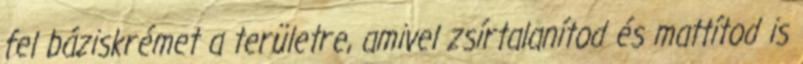
fel báziskrémet a területre, amivel zsírtalanítod és mattítod is